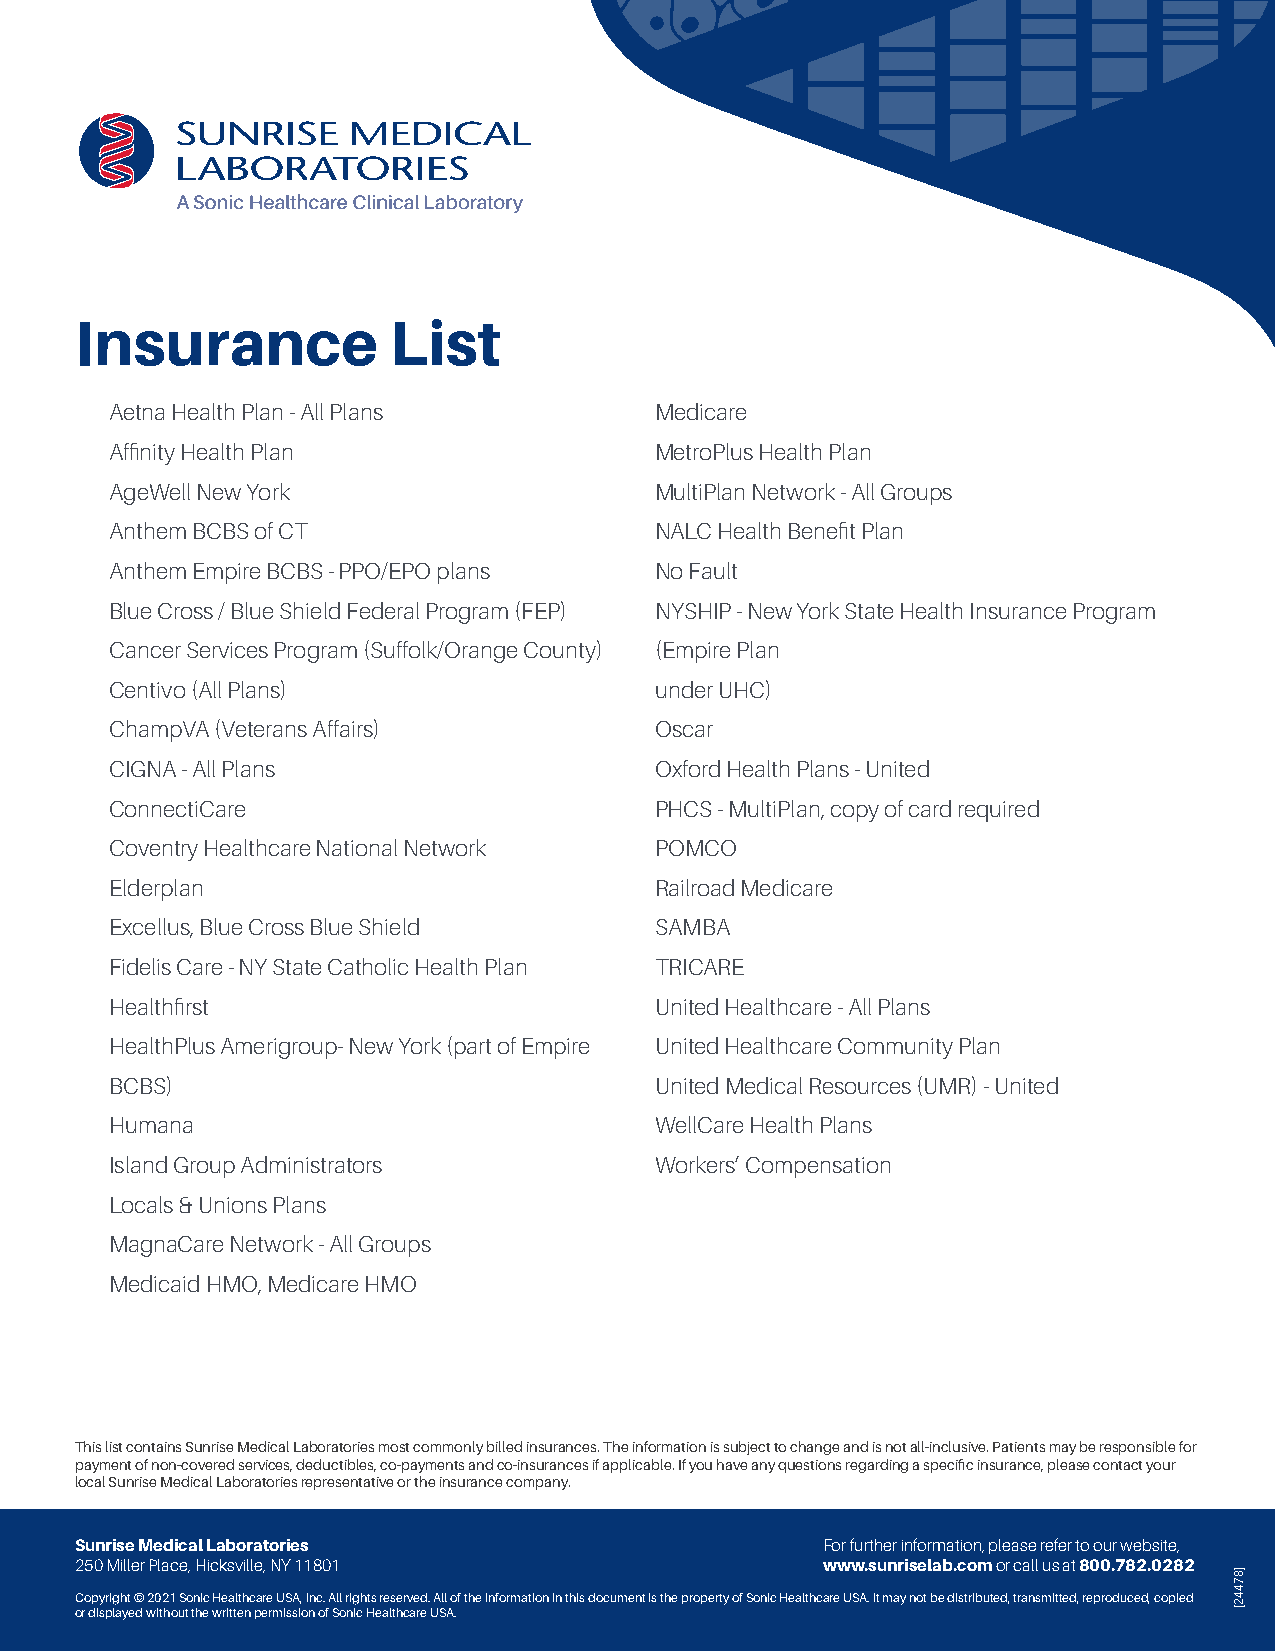
Insurance            List
 Aetna Health Plan - All Plans       Medicare
 Affinity Health Plan                MetroPlus Health Plan
 AgeWell New York                    MultiPlan Network - All Groups
 Anthem BCBS of CT                   NALC Health Benefit Plan
 Anthem Empire BCBS - PPO/EPO plans  No Fault
 Blue Cross / Blue Shield Federal Program (FEP) NYSHIP - New York State Health Insurance Program
 Cancer Services Program (Suffolk/Orange County) (Empire Plan
 Centivo (All Plans)                 under UHC)
 ChampVA (Veterans Affairs)          Oscar
 CIGNA - All Plans                   Oxford Health Plans - United
 ConnectiCare                        PHCS - MultiPlan, copy of card required
 Coventry Healthcare National Network POMCO
 Elderplan                           Railroad Medicare
 Excellus, Blue Cross Blue Shield    SAMBA
 Fidelis Care - NY State Catholic Health Plan TRICARE
 Healthfirst                         United Healthcare - All Plans
 HealthPlus Amerigroup- New York (part of Empire United Healthcare Community Plan
 BCBS)                               United Medical Resources (UMR) - United
 Humana                              WellCare Health Plans
 Island Group Administrators         Workers’ Compensation
 Locals & Unions Plans
 MagnaCare Network - All Groups
 Medicaid HMO, Medicare HMO
 This list contains Sunrise Medical Laboratories most commonly billed insurances. The information is subject to change and is not all-inclusive. Patients may be responsible for
 payment of non-covered services, deductibles, co-payments and co-insurances if applicable. If you have any questions regarding a specific insurance, please contact your
 local Sunrise Medical Laboratories representative or the insurance company.
 Sunrise Medical Laboratories                     For further information, please refer to our website,
 250 Miller Place, Hicksville, NY 11801            www.sunriselab.com or call us at 800.782.0282
 Copyright © 2021 Sonic Healthcare USA, Inc. All rights reserved. All of the information in this document is the property of Sonic Healthcare USA. It may not be distributed, transmitted, reproduced, copied
 or displayed without the written permission of Sonic Healthcare USA.
 ]87442[